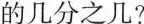
的几分之几?